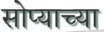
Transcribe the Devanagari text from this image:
सोप्याच्या